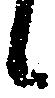
々